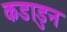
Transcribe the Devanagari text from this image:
कडाडुन